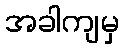
အခါကျမှ